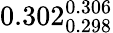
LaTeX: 0.302_{0.298}^{0.306}